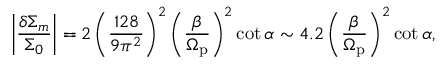
\bigg \vert \frac { \delta \Sigma _ { m } } { \Sigma _ { 0 } } \bigg \vert = 2 \left( \frac { 1 2 8 } { 9 \pi ^ { 2 } } \right) ^ { 2 } \left( \frac { \beta } { \Omega _ { \mathrm { p } } } \right) ^ { 2 } \cot \alpha \sim 4 . 2 \left( \frac { \beta } { \Omega _ { \mathrm { p } } } \right) ^ { 2 } \cot \alpha ,